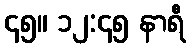
၄၅။ ၁၂:၄၅ နာရီ